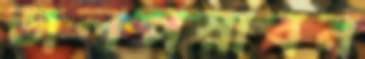
জলপস্নাবন